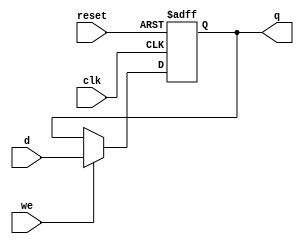
module StoreRegister (
    input wire clk,          // Clock input
    input wire reset,        // Reset signal
    input wire we,          // Write Enable signal
    input wire [n-1:0] d,    // Data input (n-bit wide)
    output reg [n-1:0] q     // Data output (n-bit wide)
);
    parameter n = 8; // Define the bit-width of the register, default is 8 bits

    // Process block triggered on the rising edge of the clock
    always @(posedge clk or posedge reset) begin
        if (reset) begin
            q <= {n{1'b0}}; // Initialize the register to 0 on reset
        end else if (we) begin
            q <= d;        // Capture the input data on WE high
        end // else: retain the current value of q if WE is low
    end
endmodule